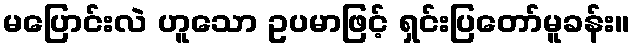
မပြောင်းလဲ ဟူသော ဥပမာဖြင့် ရှင်းပြတော်မူခန်း။